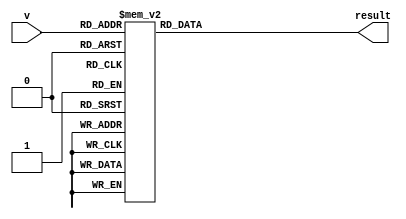
// Automatically generated Verilog-2001
module Machine_nibbleToSeg(v
                          ,result);
  input [3:0] v;
  output [7:0] result;
  reg [7:0] result_reg;
  always @(*) begin
    case(v)
      4'b0000 : result_reg = 8'b01000000;
      4'b0001 : result_reg = 8'b01111001;
      4'b0010 : result_reg = 8'b00100100;
      4'b0011 : result_reg = 8'b00110000;
      4'b0100 : result_reg = 8'b00011001;
      4'b0101 : result_reg = 8'b00010010;
      4'b0110 : result_reg = 8'b00000010;
      4'b0111 : result_reg = 8'b01111000;
      4'b1000 : result_reg = 8'b00000000;
      4'b1001 : result_reg = 8'b00010000;
      4'b1010 : result_reg = 8'b00001000;
      4'b1011 : result_reg = 8'b00000011;
      4'b1100 : result_reg = 8'b01000110;
      4'b1101 : result_reg = 8'b00100001;
      4'b1110 : result_reg = 8'b00000110;
      4'b1111 : result_reg = 8'b00001110;
      default : result_reg = {8 {1'bx}};
    endcase
  end
  assign result = result_reg;
endmodule